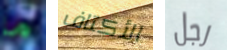
ما الأكتاف رجل